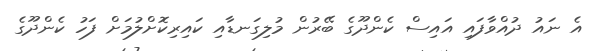
އެ ނައު ދުއްވާފައި އައިސް ކެންދޫގެ ބޭރުން މުލިގަނޑާއި ކައިރިކޮށްލުމަށް ފަހު ކެންދޫގެ